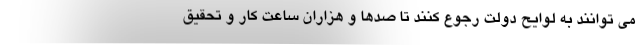
می توانند به لوایح دولت رجوع کنند تا صدها و هزاران ساعت کار و تحقیق